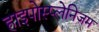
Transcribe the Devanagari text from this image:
हाइपोस्प्लेनिज़म